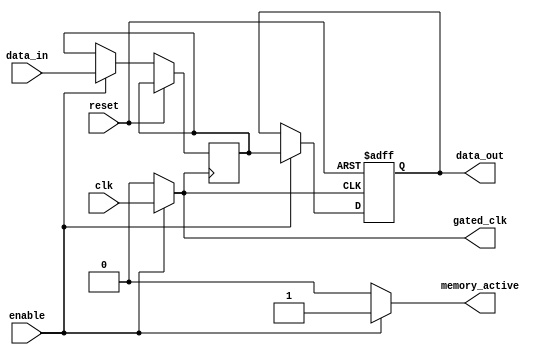
module conditional_clock_gating (
    input wire clk,                // Original clock signal
    input wire enable,             // Control signal to enable memory access
    input wire reset,              // Reset signal
    input wire [7:0] data_in,      // Data input for memory
    output reg [7:0] data_out,     // Data output from memory
    output reg gated_clk,          // Gated clock output
    output reg memory_active        // Status indicator
);

    // Memory block (SRAM array)
    reg [7:0] memory [0:255];      // 256 x 8-bit memory array

    // Clock gating logic
    always @(*) begin
        if (enable) begin
            gated_clk = clk;        // Enable clock when memory is active
            memory_active = 1'b1;   // Indicate memory is active
        end else begin
            gated_clk = 1'b0;       // Disable clock when memory is not active
            memory_active = 1'b0;    // Indicate memory is inactive
        end
    end

    // Memory read/write logic (synchronized with gated clock)
    always @(posedge gated_clk or posedge reset) begin
        if (reset) begin
            // Optionally initialize memory or perform other reset actions
            data_out <= 8'b0;
        end else if (enable) begin
            // Example write operation
            memory[0] <= data_in;    // Write data to memory location 0
            // Example read operation
            data_out <= memory[0];    // Read data from memory location 0
        end
    end

endmodule